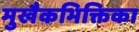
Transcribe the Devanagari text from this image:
मुखैकभिक्तिका